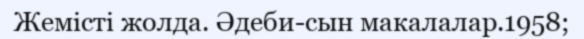
Жемісті жолда. Әдеби-сын макалалар.1958;